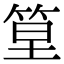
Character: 𥭧